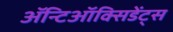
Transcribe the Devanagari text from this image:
ॲन्टिऑक्सिडेंट्स